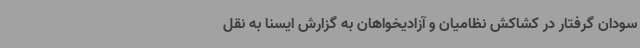
سودان گرفتار در کشاکش نظامیان و آزادیخواهان به گزارش ایسنا به نقل